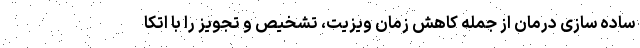
ساده سازی درمان از جمله کاهش زمان ویزیت، تشخیص و تجویز را با اتکا